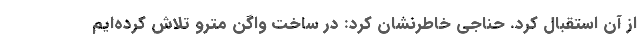
از آن استقبال کرد. حناجی خاطرنشان کرد: در ساخت واگن مترو تلاش کرده‌ایم